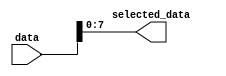
module part_select_continuous_assignment #(parameter N = 16,  // Total bits in input data
                                           parameter M = 7,   // Starting bit position for selection
                                           parameter P = 8,   // Number of bits to select
                                           parameter N_start = 0 // Ending bit position for selection
                                          )
(
    input  [N-1:0] data,            // Input signal
    output [P-1:0] selected_data     // Output signal for selected bits
);

// Continuous assignment of selected bits from data to selected_data
assign selected_data = data[M:M-P+1]; // Selecting bits from M down to (M-P+1)

endmodule